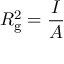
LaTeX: R _ { \mathrm { g } } ^ { 2 } = { \frac { I } { A } }